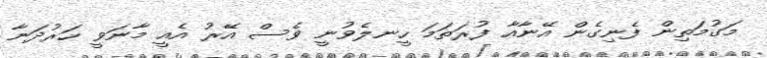
މަގުމަތިން ފެނިގެން އޭނާއާ ފުރަތަމަ ހީނލެވުނީ ވެސް އޭރު އެއީ މާނަވީ ހަރުދަނާ